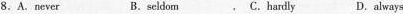
8.A.never B.seldom C. hardly D. always